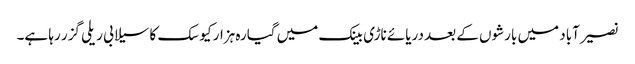
نصیرآباد میں بارشوں کے بعد دریائے ناڑی بینک میں گیارہ ہزار کیوسک کا سیلابی ریلی گزر رہا ہے۔